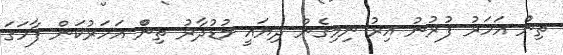
ތިންް އަހަރު ފުރުނު އިރު ނިމިގެން ދިޔައީ މުޑުދާރު ތިންް އަހަރުކަން ފާހަގަ